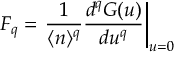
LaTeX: { \frac { \delta Z [ \beta ] } { \delta \beta ^ { a } } } \vert _ { _ { \beta = 0 } } \,